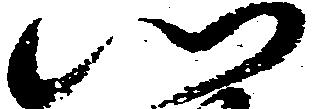
心